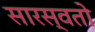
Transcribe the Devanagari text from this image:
सारस्वतो